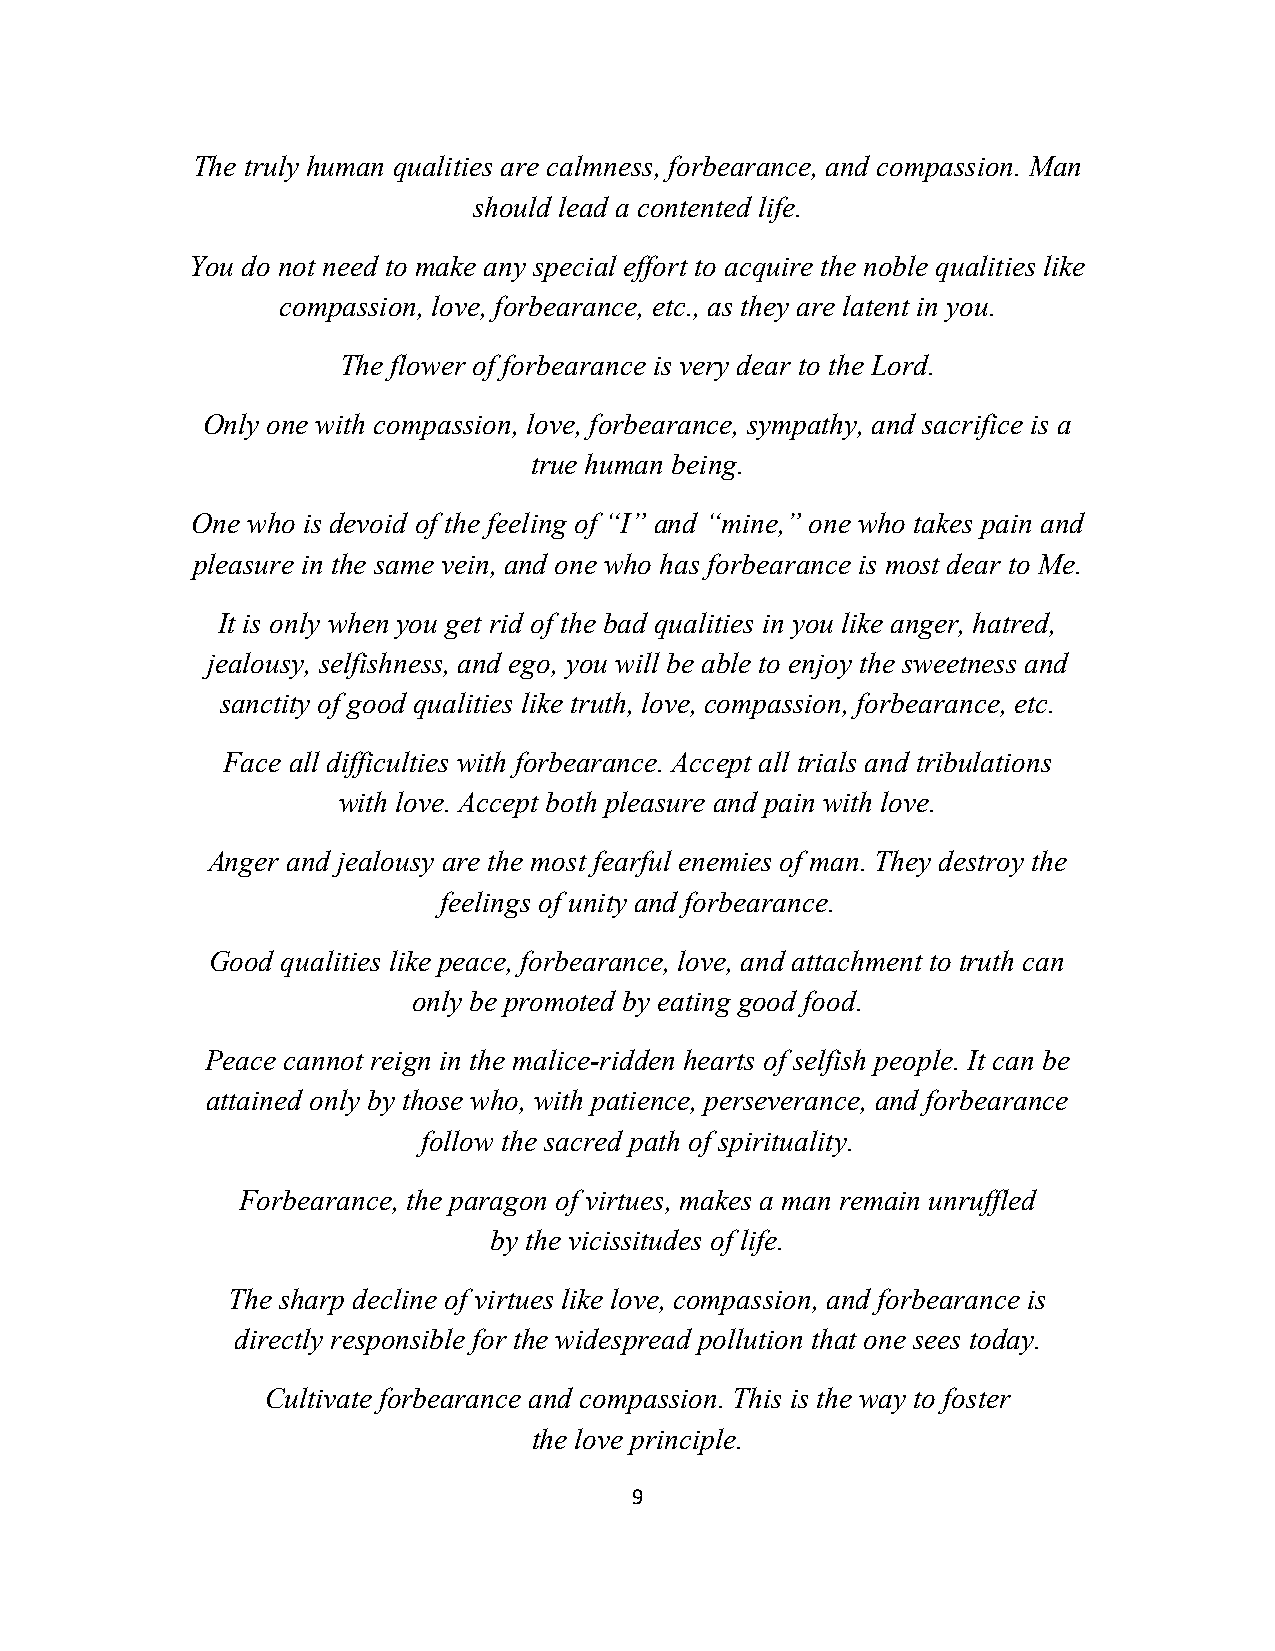
The truly human qualities are calmness, forbearance, and compassion. Man
 should lead a contented life.
 You do not need to make any special effort to acquire the noble qualities like
 compassion, love, forbearance, etc., as they are latent in you.
 The flower of forbearance is very dear to the Lord.
 Only one with compassion, love, forbearance, sympathy, and sacrifice is a
 true human being.
 One who is devoid of the feeling of “I” and “mine,” one who takes pain and
 pleasure in the same vein, and one who has forbearance is most dear to Me.
 It is only when you get rid of the bad qualities in you like anger, hatred,
 jealousy, selfishness, and ego, you will be able to enjoy the sweetness and
 sanctity of good qualities like truth, love, compassion, forbearance, etc.
 Face all difficulties with forbearance. Accept all trials and tribulations
 with love. Accept both pleasure and pain with love.
 Anger and jealousy are the most fearful enemies of man. They destroy the
 feelings of unity and forbearance.
 Good qualities like peace, forbearance, love, and attachment to truth can
 only be promoted by eating good food.
 Peace cannot reign in the malice-ridden hearts of selfish people. It can be
 attained only by those who, with patience, perseverance, and forbearance
 follow the sacred path of spirituality.
 Forbearance, the paragon of virtues, makes a man remain unruffled
 by the vicissitudes of life.
 The sharp decline of virtues like love, compassion, and forbearance is
 directly responsible for the widespread pollution that one sees today.
 Cultivate forbearance and compassion. This is the way to foster
 the love principle.
 9